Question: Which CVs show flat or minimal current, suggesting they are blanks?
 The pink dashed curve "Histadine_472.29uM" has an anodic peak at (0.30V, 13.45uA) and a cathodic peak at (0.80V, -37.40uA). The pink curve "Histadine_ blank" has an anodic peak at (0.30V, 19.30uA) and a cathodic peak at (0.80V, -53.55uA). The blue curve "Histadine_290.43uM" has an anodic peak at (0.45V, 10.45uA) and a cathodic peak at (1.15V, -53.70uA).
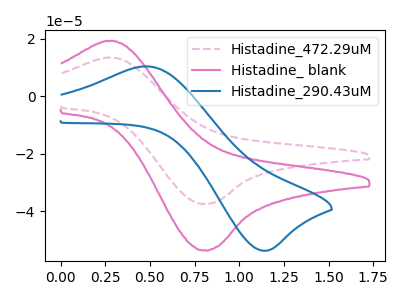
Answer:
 <answer>There are not any CV's on this graph that are likely to be blanks.</answer>
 <eval>none</eval>